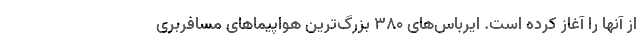
از آنها را آغاز کرده است. ایرباس‌های 380 بزرگ‌ترین هواپیماهای مسافربری